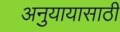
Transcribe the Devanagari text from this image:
अनुयायासाठी